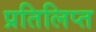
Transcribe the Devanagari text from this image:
प्रतिलिप्त